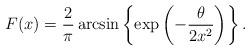
LaTeX: \begin{align*}F(x) = \frac{2}{\pi}\arcsin \left\{\exp\left(-\frac{\theta}{2 x^2}\right)\right\}.\end{align*}